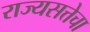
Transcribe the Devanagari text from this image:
राज्यसत्तेचा